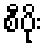
စီပိုး